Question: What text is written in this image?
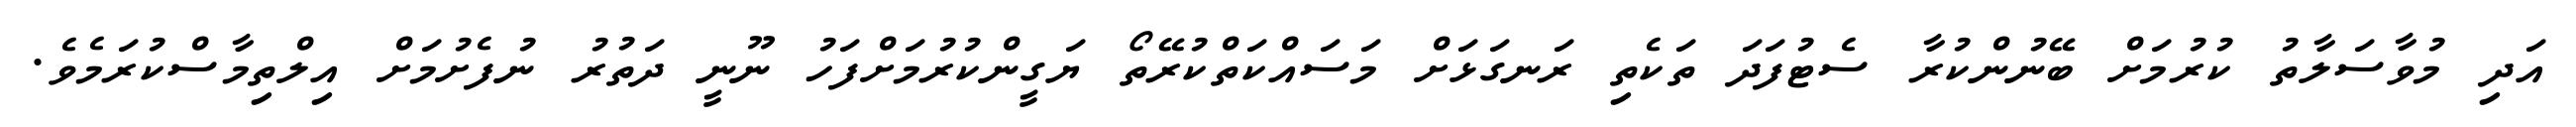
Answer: އަދި މުވާސަލާތު ކުރުމަށް ބޭނުންކުރާ ސެޓުފަދަ ތަކެތި ރަނގަޅަށް މަސައްކަތްކުރޭތޯ ޔަގީންކުރުމަށްފަހު ނޫނީ ދަތުރު ނުފެށުމަށް އިލްތިމާސްކުރަމެވެ.